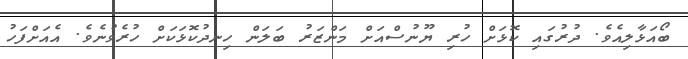
ބޯއަޅާލިއެވެ. ދުރުގައި ކޮޅަށް ހުރި ޔޫނުސްއަށް މަންޒަރު ބަލަން ހިނދުކޮޅަކަށް ހުރެވުނެވެ. އެއަށްފަހު